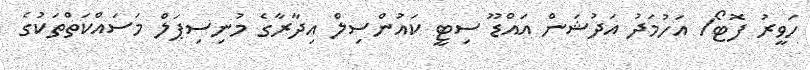
ހަވީރު ފޮޓޯ/ އަހުމަދު އަދުޝަން އައްޑޫ ސިޓީ ކައުންސިލް އިދާރާގެ މުނިސިޕަލް މަސައްކަތްތަކުގެ